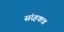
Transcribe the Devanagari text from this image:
संग्र्हकत्र